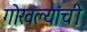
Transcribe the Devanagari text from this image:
गोखल्यांची